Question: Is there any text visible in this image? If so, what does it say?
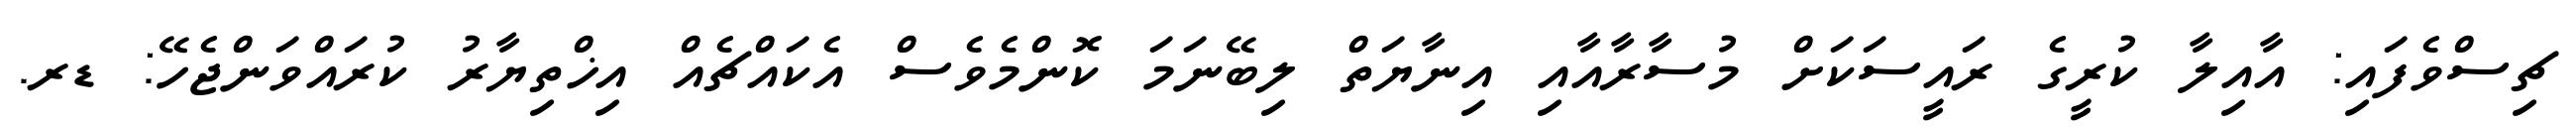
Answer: ޗިސްވެފައި: އާއިލާ ކުރީގެ ރައީސަކަށް މުސާރާއާއި އިނާޔަތް ލިބޭނަމަ ކޮންމެވެސް އެކައްޗެއް އިޚްތިޔާރު ކުރައްވަންޖެހޭ: ޑރ.